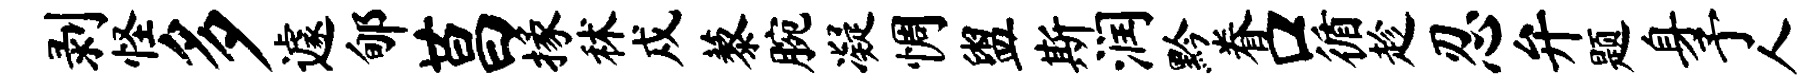
剥怪多遽郇莒掾秫戍藜腕凝惆盥斯润黔眷口循趁忍弁题身予人